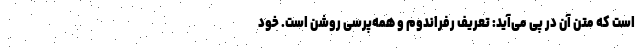
است که متن آن در پی می‌آید: تعریف رفراندوم و همه‌پرسی روشن است. خود